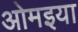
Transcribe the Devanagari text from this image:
ओमइया